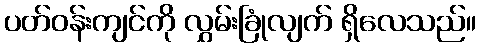
ပတ်ဝန်းကျင်ကို လွှမ်းခြုံလျက် ရှိလေသည်။